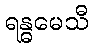
ရန္ဓမေသီ